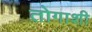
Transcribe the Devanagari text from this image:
तोगाशी